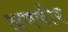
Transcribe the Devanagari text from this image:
अमबीर